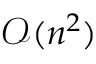
\mathcal { O } ( n ^ { 2 } )